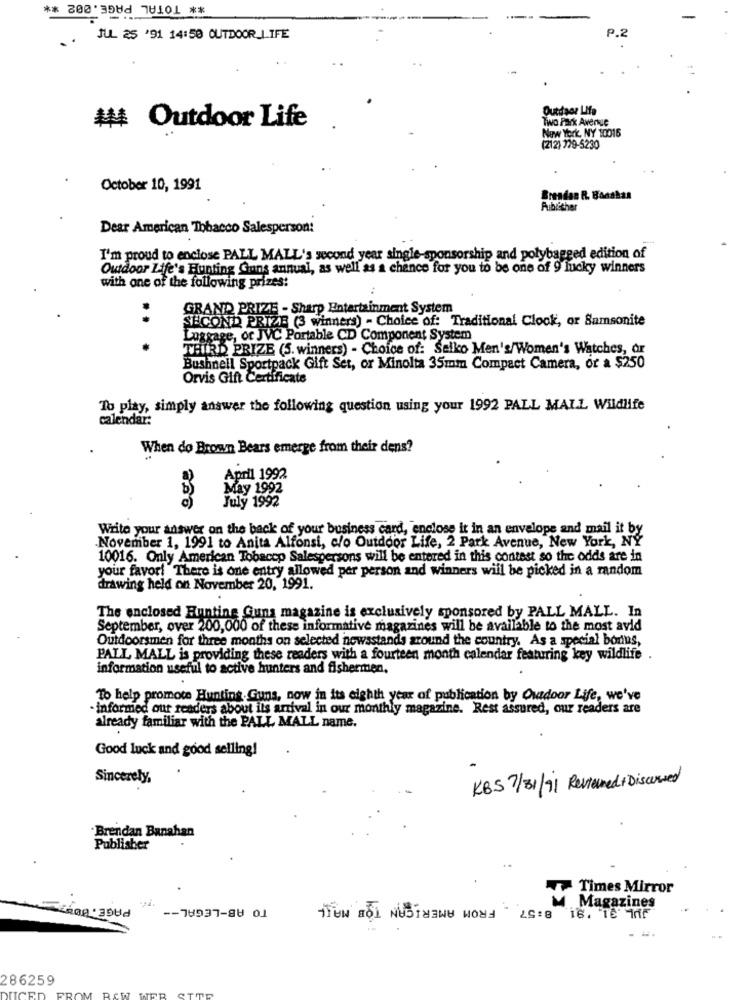
** TOTAL PAGE.002 **
JUL 25 '91 14:50 OUTDOOR_LIFE
P.2
Outdoor LMfa
Two Park Avenue
# Outdoor Life
New York, NY 10015
(212) 229-5230
October 10, 1991
Brendan R. Bonshan
Publisher
Dear American Tobacco Salesperson:
I'm proud to enclose PALL MALL's second year single-sponsorship and polybagged edition of
Outdoor Life's Hunting Guns annual, as well as a chance for you to be one of 9 lucky winners
with one of the following prizes:
GRAND PRIZE - Sharp Entertainment System
SECOND PRIZE (3 winners) - Choice of: Traditional Clock, or Samsonite
..
Luggage, or JVC Portable CD Component System
THIRD PRIZE (5. winners) - Choice of: Selko Men's/Women's Watches, ar
Bushnell Sportpack Gift Set, or Minolta 35mm Compact Camera, or a $250
Orvis Gift Certificate
To play, simply answer the following question using your 1992 PALL MALL Wildlife
calendar:
When do Brown Bears emerge from their dens?
April 1992
b)
May 1992
July 1992
Write your answer on the back of your business card, enclose it in an envelope and mail it by
.November 1, 1991 to Anita Alfonsi, c/o Outdoor Life, 2 Park Avenue, New York, NY
10016. Only American Tobacco Salespersons will be entered in this contest so the odds are in
your favor! There is one entry allowed per person and winners will be picked in a random
drawing held on November 20, 1991.
The enclosed Hunting Guna magazine is exclusively sponsored by PALL MALL. In
September, over 200,000 of thess informative magazines will be available to the most avid
Outdoorsmen for three months on selected newsstands around the country. As a special bonus,
PALL MALL is providing these readers with a fourteen month calendar featuring key wildlife
information useful to active hunters and fishermen.
To help promote Hunting.Guns, now in its eighth year of publication by Outdoor Life, we've
· informed our readers about ils arrival in our monthly magazine. Rest assured, our readers are
already familiar with the PALL MALL name.
Good luck and good selling!
Sincerely,
KBS 7/31/91 Reviewmed + Discussed
Brendan Banahan
Publisher
Times Mirror
TO AB-LEGAL --
FROM AMERICAN TOE MAIL
8:57
Magazines
18. 16' Inf
286259
DUCED